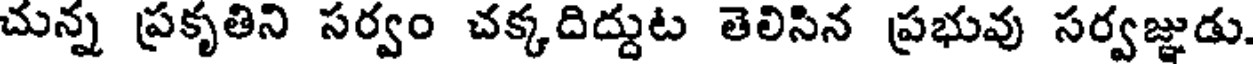
చున్న ప్రకృతిని సర్వం చక్కదిద్దుట తెలిసిన ప్రభువు సర్వజ్ఞుడు.